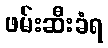
ဖမ်းဆီးခံရ